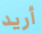
أريد